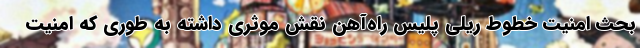
بحث امنیت خطوط ریلی پلیس راه‌آهن نقش موثری داشته به طوری که امنیت